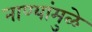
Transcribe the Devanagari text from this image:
नाण्यांमुळे